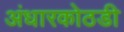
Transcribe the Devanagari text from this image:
अंधारकोठडी